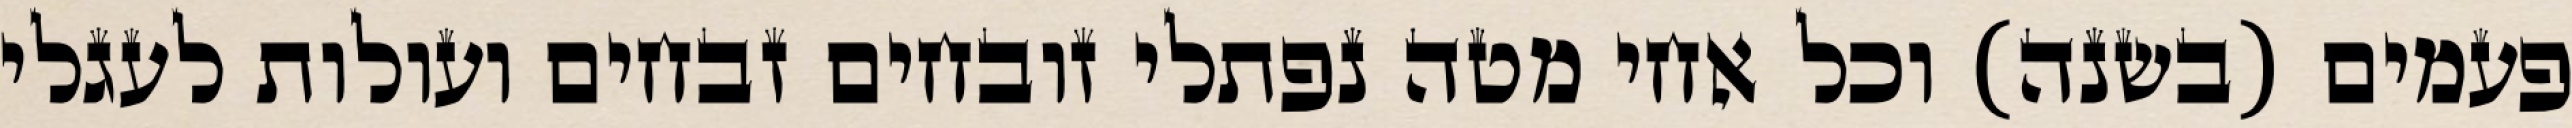
פעמים (בשנה) וכל אחי מטה נפתלי זובחים זבחים ועולות לעגלי